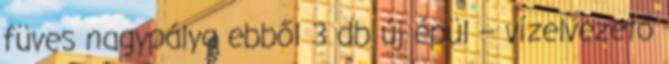
füves nagypálya ebből 3 db új épül – vízelvezető